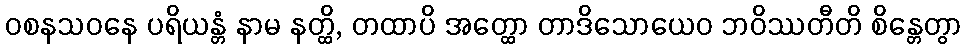
ဝစနသဝနေ ပရိယန္တံ နာမ နတ္ထိ, တထာပိ အတ္ထော တာဒိသောယေဝ ဘဝိဿတီတိ စိန္တေတွာ